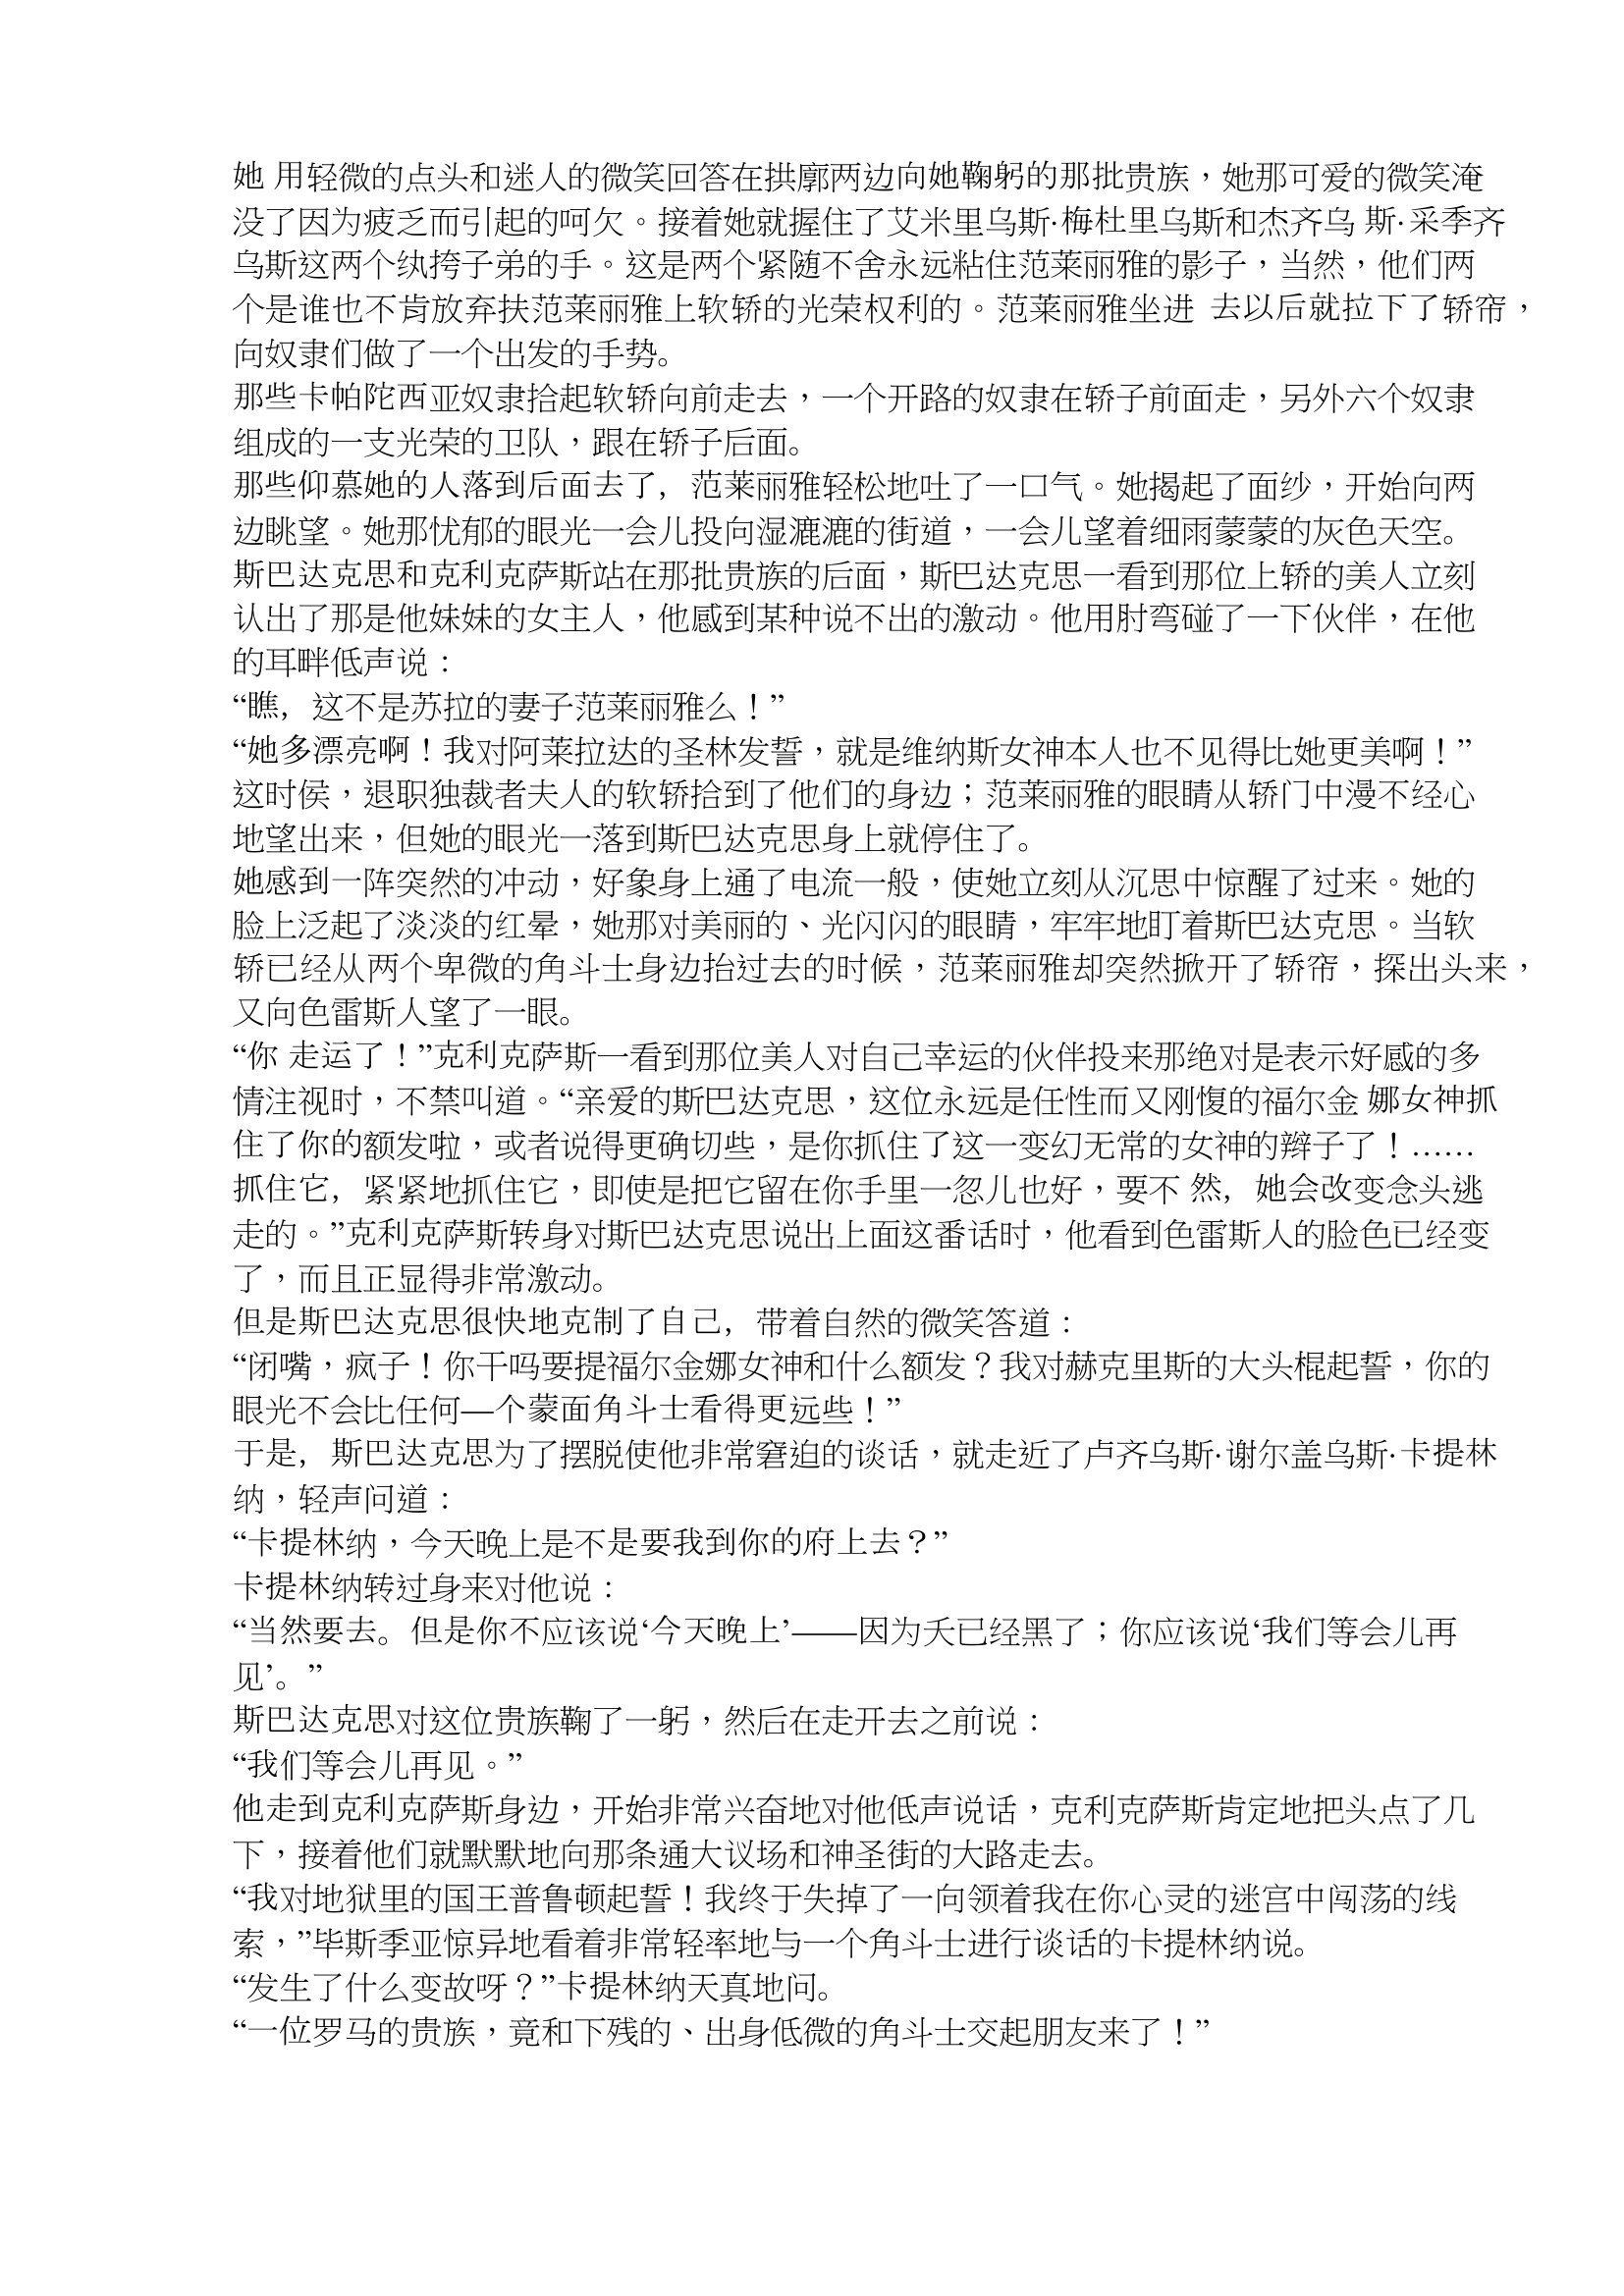
Language: zh